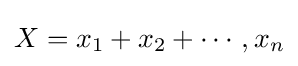
X=x_{1}+x_{2}+\cdots ,x_{n}